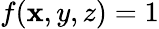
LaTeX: f(\mathbf{x},y,z)=1